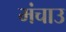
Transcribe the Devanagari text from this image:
मंचाउ